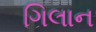
ગિલાન